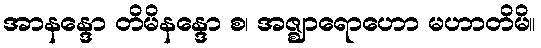
အာနန္ဒော တိမိနန္ဒော စ၊ အဇ္ဈာရောဟော မဟာတိမိ။